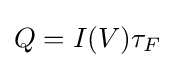
Q=I(V){\tau }_{F}